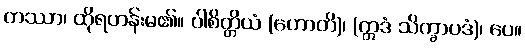
တဿာ၊ ထိုရဟန်းမ၏။ ပါစိတ္တိယံ (ဟောတိ)၊ (ဣဒံ သိက္ခာပဒံ)၊ ပေ။